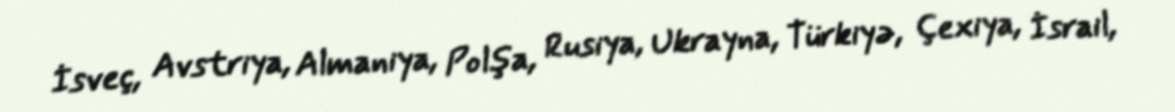
İsveç, Avstriya, Almaniya, Polşa, Rusiya, Ukrayna, Türkiyə, Çexiya, İsrail,